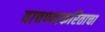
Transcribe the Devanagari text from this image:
वाचण्याकरिताचा